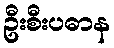
ဦးစီးပဓာန